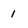
Character: 1